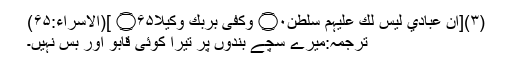
(۳)[اِنَّ عِبَادِيْ لَيْسَ لَكَ عَلَيْہِمْ سُلْطٰنٌ۝۰ۭ وَكَفٰى بِرَبِّكَ وَكِيْلًا۝۶۵ ](الاسراء:۶۵)
ترجمہ:میرے سچے بندوں پر تیرا کوئی قابو اور بس نہیں۔